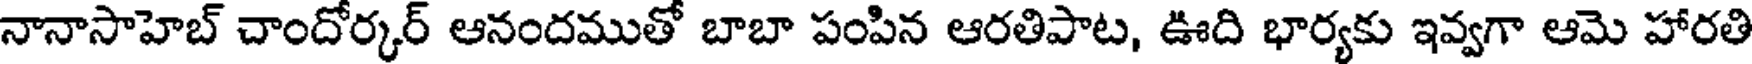
నానాసాహెబ్ చాందోర్కర్ ఆనందముతో బాబా పంపిన ఆరతిపాట, ఊది భార్యకు ఇవ్వగా ఆమె హారతి